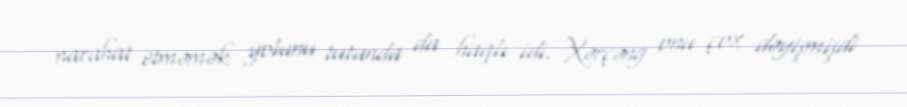
narahat etməmək yolunu tutanda da haqlı idi. Xərçəng onu çox dəyişmişdi